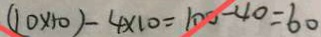
( 1 0 \times 1 0 ) - 4 \times 1 0 = 1 0 0 - 4 0 = 6 0